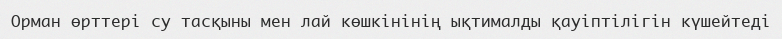
Орман өрттері су тасқыны мен лай көшкінінің ықтималды қауіптілігін күшейтеді